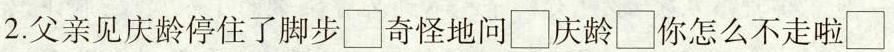
2.父亲见庆龄停住了脚步\Box奇怪地问\Box庆龄\Box你怎么不走啦\Box